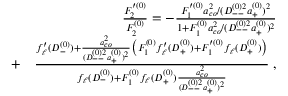
\begin{array} { r l r } & { } & { \frac { F _ { 2 } ^ { \prime ( 0 ) } } { F _ { 2 } ^ { ( 0 ) } } = - \frac { F _ { 1 } ^ { \prime ( 0 ) } a _ { c o } ^ { 2 } / ( D _ { -- } ^ { ( 0 ) 2 } a _ { + } ^ { ( 0 ) } ) ^ { 2 } } { 1 + F _ { 1 } ^ { ( 0 ) } a _ { c o } ^ { 2 } / ( D _ { -- } ^ { ( 0 ) 2 } a _ { + } ^ { ( 0 ) } ) ^ { 2 } } } \\ & { + } & { \frac { f _ { \ell } ^ { \prime } ( D _ { - } ^ { ( 0 ) } ) + \frac { a _ { c o } ^ { 2 } } { ( D _ { -- } ^ { ( 0 ) 2 } a _ { + } ^ { ( 0 ) } ) ^ { 2 } } \big ( F _ { 1 } ^ { ( 0 ) } f _ { \ell } ^ { \prime } ( D _ { + } ^ { ( 0 ) } ) + F _ { 1 } ^ { \prime ( 0 ) } f _ { \ell } ( D _ { + } ^ { ( 0 ) } ) \big ) } { f _ { \ell } ( D _ { - } ^ { ( 0 ) } ) + F _ { 1 } ^ { ( 0 ) } f _ { \ell } ( D _ { + } ^ { ( 0 ) } ) \frac { a _ { c o } ^ { 2 } } { ( D _ { -- } ^ { ( 0 ) 2 } a _ { + } ^ { ( 0 ) } ) ^ { 2 } } } \; , } \end{array}